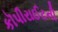
કૉપીરાઈટની